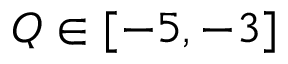
Q \in [ - 5 , - 3 ]